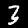
Digit: 3